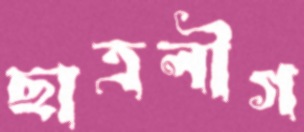
ছাত্রলীগ